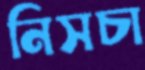
নিসচা